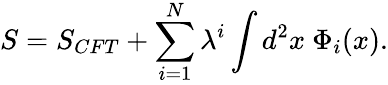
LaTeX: S=S_{CFT}+\sum_{i=1}^{N}\lambda^{i}\int d^{2}x\ \Phi_{i}(x).